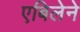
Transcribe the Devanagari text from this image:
एबिलेने